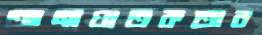
আত্মঘাতকতার